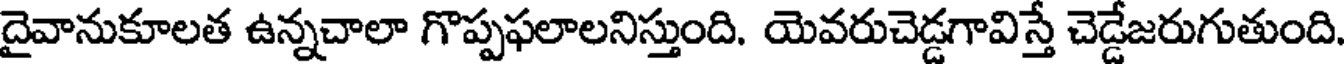
దైవానుకూలత ఉన్నచాలా గొప్పఫలాలనిస్తుంది. యెవరుచెడ్డగావిస్తే చెడ్డేజరుగుతుంది.